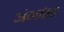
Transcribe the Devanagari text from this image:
अंगकेर